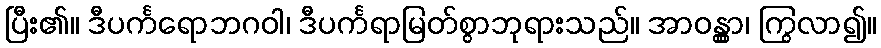
ပြီး၏။ ဒီပင်္ကရောဘဂဝါ၊ ဒီပင်္ကရာမြတ်စွာဘုရားသည်။ အာဝန္တွာ၊ ကြွလာ၍။